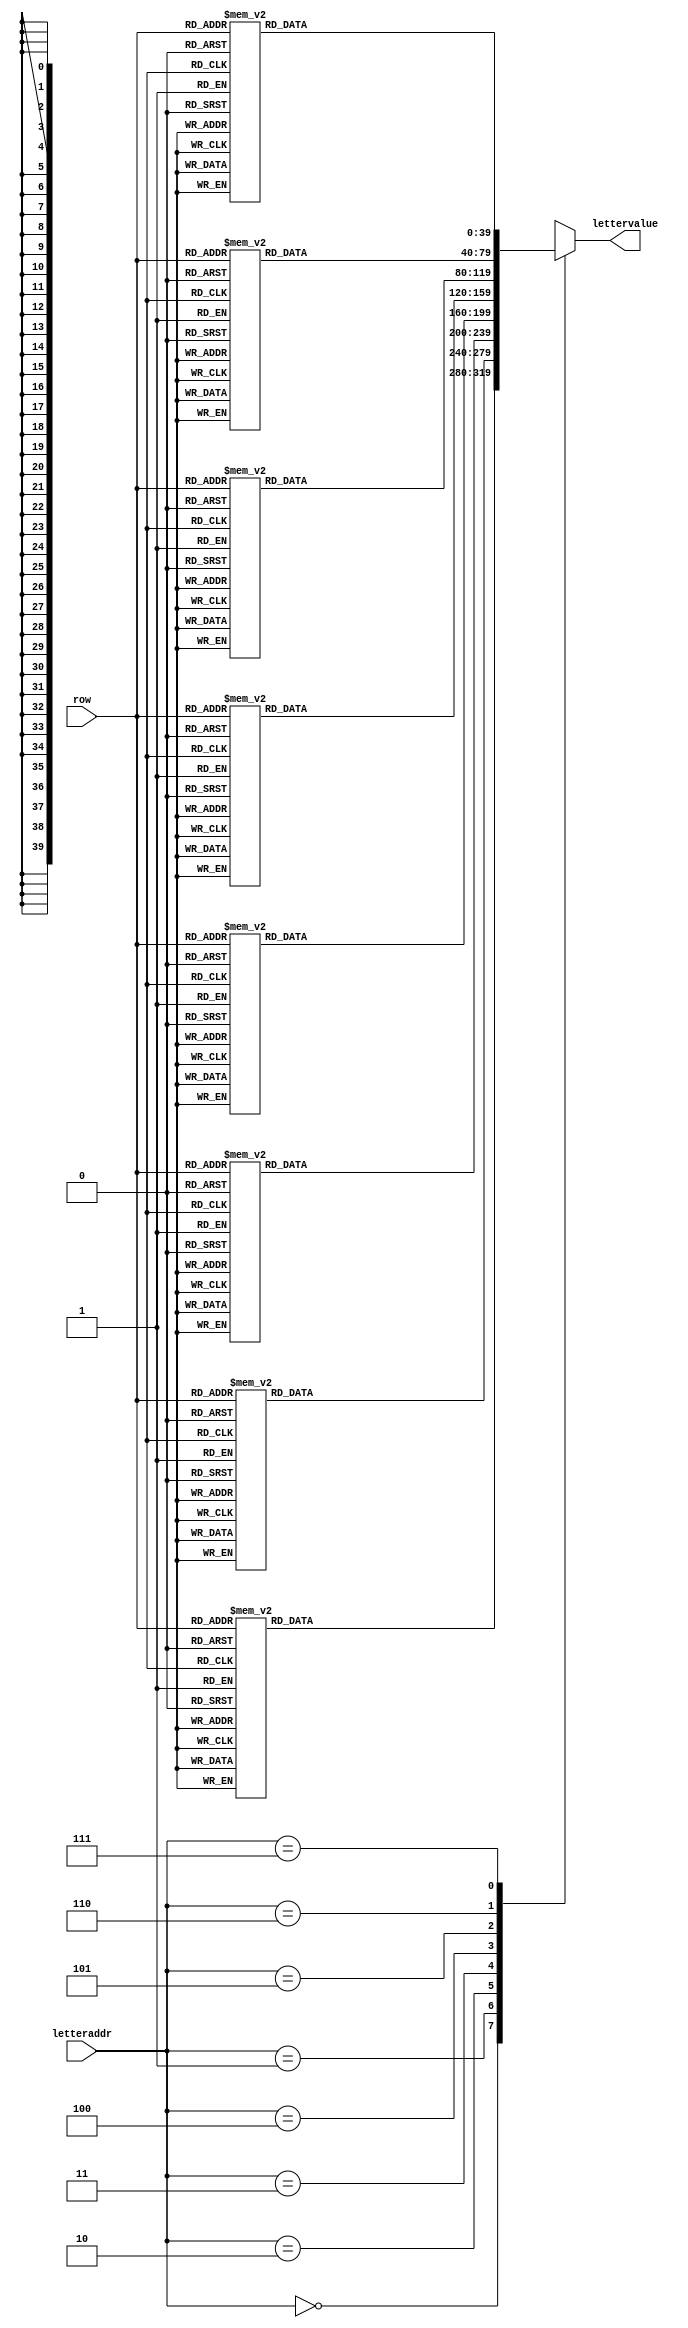
module LETTER_ROM(letteraddr,row,lettervalue);
	input [2:0] letteraddr;
	input [5:0] row;
	
	output reg [0:39] lettervalue;
	
	//all letter glyphs
	always@(*)begin
		case(letteraddr)
		3'd0: case(row) //A
			0: lettervalue =  40'b0000000000000000000000000000000000000000;
			1: lettervalue =  40'b0000000000000000000000000000000000000000;
			2: lettervalue =  40'b0000000000000000000000000000000000000000;
			3: lettervalue =  40'b0000000000000000000000000000000000000000;
			4: lettervalue =  40'b0000000000000000000000000000000000000000;
			5: lettervalue =  40'b0000000000000000000000000000000000000000;
			6: lettervalue =  40'b0000000000000000000000000000000000000000;
			7: lettervalue =  40'b0000000000000000000000000000000000000000;
			8: lettervalue =  40'b0000000000000000001111000000000000000000;
			9: lettervalue =  40'b0000000000000000011111100000000000000000;
			10: lettervalue=  40'b0000000000000000011111100000000000000000;
			11: lettervalue = 40'b0000000000000000111111110000000000000000;
			12: lettervalue = 40'b0000000000000000111111110000000000000000;
			13: lettervalue = 40'b0000000000000001111001111000000000000000;
			14: lettervalue = 40'b0000000000000001111001111000000000000000;
			15: lettervalue = 40'b0000000000000011110000111100000000000000;
			16: lettervalue = 40'b0000000000000011110000111100000000000000;
			17: lettervalue = 40'b0000000000000111110000111110000000000000;
			18: lettervalue = 40'b0000000000000111110000111110000000000000;
			19: lettervalue = 40'b0000000000001111100000011111000000000000;
			20: lettervalue = 40'b0000000000001111100000011111000000000000;
			21: lettervalue = 40'b0000000000011111000000001111100000000000;
			22: lettervalue = 40'b0000000000011111111111111111100000000000;
			23: lettervalue = 40'b0000000000111111111111111111110000000000;
			24: lettervalue = 40'b0000000000111111111111111111110000000000;
			25: lettervalue = 40'b0000000001111100000000000011111000000000;
			26: lettervalue = 40'b0000000001111100000000000011111000000000;
			27: lettervalue = 40'b0000000011111000000000000001111100000000;
			28: lettervalue = 40'b0000000011111000000000000001111100000000;
			29: lettervalue = 40'b0000000111110000000000000000111110000000;
			30: lettervalue = 40'b0000000111110000000000000000111110000000;
			31: lettervalue = 40'b0000000111110000000000000000111110000000;
			32: lettervalue = 40'b0000000000000000000000000000000000000000;
			33: lettervalue = 40'b0000000000000000000000000000000000000000;
			34: lettervalue = 40'b0000000000000000000000000000000000000000;
			35: lettervalue = 40'b0000000000000000000000000000000000000000;
			36: lettervalue = 40'b0000000000000000000000000000000000000000;
			37: lettervalue = 40'b0000000000000000000000000000000000000000;
			38: lettervalue = 40'b0000000000000000000000000000000000000000;
			39: lettervalue = 40'b0000000000000000000000000000000000000000;
			default: lettervalue = 40'd0;
		endcase 
		
		3'd1:case(row) //B
			0: lettervalue=  40'b0000000000000000000000000000000000000000;
			1: lettervalue=  40'b0000000000000000000000000000000000000000;
			2: lettervalue=  40'b0000000000000000000000000000000000000000;
			3: lettervalue=  40'b0000000000000000000000000000000000000000;
			4: lettervalue=  40'b0000000000000000000000000000000000000000;
			5: lettervalue=  40'b0000000000000000000000000000000000000000;
			6: lettervalue=  40'b0000000000000000000000000000000000000000;
			7: lettervalue=  40'b0000000000000000000000000000000000000000;
			8: lettervalue=  40'b0000000000111111111111111110000000000000;
			9: lettervalue=  40'b0000000000111111111111111111000000000000;
			10:lettervalue=  40'b0000000000111111111111111111100000000000;
			11:lettervalue = 40'b0000000000111100000000001111110000000000;
			12:lettervalue = 40'b0000000000111100000000000111111000000000;
			13:lettervalue = 40'b0000000000111100000000000011111000000000;
			14:lettervalue = 40'b0000000000111100000000000011111000000000;
			15:lettervalue = 40'b0000000000111100000000000011111000000000;
			16:lettervalue = 40'b0000000000111100000000000011111000000000;
			17:lettervalue = 40'b0000000000111100000000000111110000000000;
			18:lettervalue = 40'b0000000000111100000000001111100000000000;
			19:lettervalue = 40'b0000000000111111111111111111000000000000;
			20:lettervalue = 40'b0000000000111111111111111111000000000000;
			21:lettervalue = 40'b0000000000111100000000001111100000000000;
			22:lettervalue = 40'b0000000000111100000000000111110000000000;
			23:lettervalue = 40'b0000000000111100000000000011111000000000;
			24:lettervalue = 40'b0000000000111100000000000001111000000000;
			25:lettervalue = 40'b0000000000111100000000000001111000000000;
			26:lettervalue = 40'b0000000000111100000000000001111000000000;
			27:lettervalue = 40'b0000000000111100000000000001111000000000;
			28:lettervalue = 40'b0000000000111100000000000011111000000000;
			29:lettervalue = 40'b0000000000111111111111111111110000000000;
			30:lettervalue = 40'b0000000000111111111111111111100000000000;
			31:lettervalue = 40'b0000000000111111111111111111000000000000;
			32:lettervalue = 40'b0000000000000000000000000000000000000000;
			33:lettervalue = 40'b0000000000000000000000000000000000000000;
			34:lettervalue = 40'b0000000000000000000000000000000000000000;
			35:lettervalue = 40'b0000000000000000000000000000000000000000;
			36:lettervalue = 40'b0000000000000000000000000000000000000000;
			37:lettervalue = 40'b0000000000000000000000000000000000000000;
			38:lettervalue = 40'b0000000000000000000000000000000000000000;
			39:lettervalue = 40'b0000000000000000000000000000000000000000;
			default: lettervalue = 40'd0;
		endcase 
		
		3'd2:case(row) //C
			0: lettervalue =  40'b0000000000000000000000000000000000000000;
			1: lettervalue =  40'b0000000000000000000000000000000000000000;
			2: lettervalue =  40'b0000000000000000000000000000000000000000;
			3: lettervalue =  40'b0000000000000000000000000000000000000000;
			4: lettervalue =  40'b0000000000000000000000000000000000000000;
			5: lettervalue =  40'b0000000000000000000000000000000000000000;
			6: lettervalue =  40'b0000000000000000000000000000000000000000;
			7: lettervalue =  40'b0000000000000000000000000000000000000000;
			8: lettervalue =  40'b0000000000111111111111111111110000000000;
			9: lettervalue =  40'b0000000000111111111111111111110000000000;
			10: lettervalue=  40'b0000000000111111111111111111110000000000;
			11: lettervalue = 40'b0000000000111110000000000011110000000000;
			12: lettervalue = 40'b0000000000111110000000000011110000000000;
			13: lettervalue = 40'b0000000000111110000000000011110000000000;
			14: lettervalue = 40'b0000000000111110000000000011110000000000;
			15: lettervalue = 40'b0000000000111110000000000000000000000000;
			16: lettervalue = 40'b0000000000111110000000000000000000000000;
			17: lettervalue = 40'b0000000000111110000000000000000000000000;
			18: lettervalue = 40'b0000000000111110000000000000000000000000;
			19: lettervalue = 40'b0000000000111110000000000000000000000000;
			20: lettervalue = 40'b0000000000111110000000000000000000000000;
			21: lettervalue = 40'b0000000000111110000000000000000000000000;
			22: lettervalue = 40'b0000000000111110000000000000000000000000;
			23: lettervalue = 40'b0000000000111110000000000000000000000000;
			24: lettervalue = 40'b0000000000111110000000000000000000000000;
			25: lettervalue = 40'b0000000000111110000000000011110000000000;
			26: lettervalue = 40'b0000000000111110000000000011110000000000;
			27: lettervalue = 40'b0000000000111110000000000011110000000000;
			28: lettervalue = 40'b0000000000111110000000000011110000000000;
			29: lettervalue = 40'b0000000000111111111111111111110000000000;
			30: lettervalue = 40'b0000000000111111111111111111110000000000;
			31: lettervalue = 40'b0000000000111111111111111111110000000000;
			32: lettervalue = 40'b0000000000000000000000000000000000000000;
			33: lettervalue = 40'b0000000000000000000000000000000000000000;
			34: lettervalue = 40'b0000000000000000000000000000000000000000;
			35: lettervalue = 40'b0000000000000000000000000000000000000000;
			36: lettervalue = 40'b0000000000000000000000000000000000000000;
			37: lettervalue = 40'b0000000000000000000000000000000000000000;
			38: lettervalue = 40'b0000000000000000000000000000000000000000;
			39: lettervalue = 40'b0000000000000000000000000000000000000000;
			default: lettervalue = 40'd0;
		endcase 
		
		3'd3:case(row) //D
			0: lettervalue =  40'b0000000000000000000000000000000000000000;
			1: lettervalue =  40'b0000000000000000000000000000000000000000;
			2: lettervalue =  40'b0000000000000000000000000000000000000000;
			3: lettervalue =  40'b0000000000000000000000000000000000000000;
			4: lettervalue =  40'b0000000000000000000000000000000000000000;
			5: lettervalue =  40'b0000000000000000000000000000000000000000;
			6: lettervalue =  40'b0000000000000000000000000000000000000000;
			7: lettervalue =  40'b0000000000000000000000000000000000000000;
			8: lettervalue =  40'b0000000000111111111111100000000000000000;
			9: lettervalue =  40'b0000000000111111111111110000000000000000;
			10: lettervalue=  40'b0000000000111111111111111000000000000000;
			11: lettervalue = 40'b0000000000111111111111111100000000000000;
			12: lettervalue = 40'b0000000000111100000000011110000000000000;
			13: lettervalue = 40'b0000000000111100000000001111000000000000;
			14: lettervalue = 40'b0000000000111100000000000111100000000000;
			15: lettervalue = 40'b0000000000111100000000000111100000000000;
			16: lettervalue = 40'b0000000000111100000000000111100000000000;
			17: lettervalue = 40'b0000000000111100000000000111100000000000;
			18: lettervalue = 40'b0000000000111100000000000111100000000000;
			19: lettervalue = 40'b0000000000111100000000000111100000000000;
			20: lettervalue = 40'b0000000000111100000000000111100000000000;
			21: lettervalue = 40'b0000000000111100000000000111100000000000;
			22: lettervalue = 40'b0000000000111100000000000111100000000000;
			23: lettervalue = 40'b0000000000111100000000000111100000000000;
			24: lettervalue = 40'b0000000000111100000000000111100000000000;
			25: lettervalue = 40'b0000000000111100000000000111100000000000;
			26: lettervalue = 40'b0000000000111100000000001111000000000000;
			27: lettervalue = 40'b0000000000111100000000011110000000000000;
			28: lettervalue = 40'b0000000000111111111111111100000000000000;
			29: lettervalue = 40'b0000000000111111111111111000000000000000;
			30: lettervalue = 40'b0000000000111111111111110000000000000000;
			31: lettervalue = 40'b0000000000111111111111100000000000000000;
			32: lettervalue = 40'b0000000000000000000000000000000000000000;
			33: lettervalue = 40'b0000000000000000000000000000000000000000;
			34: lettervalue = 40'b0000000000000000000000000000000000000000;
			35: lettervalue = 40'b0000000000000000000000000000000000000000;
			36: lettervalue = 40'b0000000000000000000000000000000000000000;
			37: lettervalue = 40'b0000000000000000000000000000000000000000;
			38: lettervalue = 40'b0000000000000000000000000000000000000000;
			39: lettervalue = 40'b0000000000000000000000000000000000000000;
			default: lettervalue = 40'd0;
		endcase 
		
		3'd4:case(row) //E
			0: lettervalue =  40'b0000000000000000000000000000000000000000;
			1: lettervalue =  40'b0000000000000000000000000000000000000000;
			2: lettervalue =  40'b0000000000000000000000000000000000000000;
			3: lettervalue =  40'b0000000000000000000000000000000000000000;
			4: lettervalue =  40'b0000000000000000000000000000000000000000;
			5: lettervalue =  40'b0000000000000000000000000000000000000000;
			6: lettervalue =  40'b0000000000000000000000000000000000000000;
			7: lettervalue =  40'b0000000000000000000000000000000000000000;
			8: lettervalue =  40'b0000000000111111111111111111100000000000;
			9: lettervalue =  40'b0000000000111111111111111111100000000000;
			10: lettervalue=  40'b0000000000111111111111111111100000000000;
			11: lettervalue = 40'b0000000000111110000000000000000000000000;
			12: lettervalue = 40'b0000000000111110000000000000000000000000;
			13: lettervalue = 40'b0000000000111110000000000000000000000000;
			14: lettervalue = 40'b0000000000111110000000000000000000000000;
			15: lettervalue = 40'b0000000000111110000000000000000000000000;
			16: lettervalue = 40'b0000000000111110000000000000000000000000;
			17: lettervalue = 40'b0000000000111110000000000000000000000000;
			18: lettervalue = 40'b0000000000111111111111111110000000000000;
			19: lettervalue = 40'b0000000000111111111111111110000000000000;
			20: lettervalue = 40'b0000000000111111111111111110000000000000;
			21: lettervalue = 40'b0000000000111110000000000000000000000000;
			22: lettervalue = 40'b0000000000111110000000000000000000000000;
			23: lettervalue = 40'b0000000000111110000000000000000000000000;
			24: lettervalue = 40'b0000000000111110000000000000000000000000;
			25: lettervalue = 40'b0000000000111110000000000000000000000000;
			26: lettervalue = 40'b0000000000111110000000000000000000000000;
			27: lettervalue = 40'b0000000000111110000000000000000000000000;
			28: lettervalue = 40'b0000000000111110000000000000000000000000;
			29: lettervalue = 40'b0000000000111111111111111111100000000000;
			30: lettervalue = 40'b0000000000111111111111111111100000000000;
			31: lettervalue = 40'b0000000000111111111111111111100000000000;
			32: lettervalue = 40'b0000000000000000000000000000000000000000;
			33: lettervalue = 40'b0000000000000000000000000000000000000000;
			34: lettervalue = 40'b0000000000000000000000000000000000000000;
			35: lettervalue = 40'b0000000000000000000000000000000000000000;
			36: lettervalue = 40'b0000000000000000000000000000000000000000;
			37: lettervalue = 40'b0000000000000000000000000000000000000000;
			38: lettervalue = 40'b0000000000000000000000000000000000000000;
			39: lettervalue = 40'b0000000000000000000000000000000000000000;
			default: lettervalue = 40'd0;
		endcase 
		
		3'd5:case(row) //F
			0: lettervalue =  40'b0000000000000000000000000000000000000000;
			1: lettervalue =  40'b0000000000000000000000000000000000000000;
			2: lettervalue =  40'b0000000000000000000000000000000000000000;
			3: lettervalue =  40'b0000000000000000000000000000000000000000;
			4: lettervalue =  40'b0000000000000000000000000000000000000000;
			5: lettervalue =  40'b0000000000000000000000000000000000000000;
			6: lettervalue =  40'b0000000000000000000000000000000000000000;
			7: lettervalue =  40'b0000000000000000000000000000000000000000;
			8: lettervalue =  40'b0000000000011111111111111110000000000000;
			9: lettervalue =  40'b0000000000011111111111111110000000000000;
			10: lettervalue=  40'b0000000000011111111111111110000000000000;
			11: lettervalue = 40'b0000000000011111000000000000000000000000;
			12: lettervalue = 40'b0000000000011111000000000000000000000000;
			13: lettervalue = 40'b0000000000011111000000000000000000000000;
			14: lettervalue = 40'b0000000000011111000000000000000000000000;
			15: lettervalue = 40'b0000000000011111000000000000000000000000;
			16: lettervalue = 40'b0000000000011111000000000000000000000000;
			17: lettervalue = 40'b0000000000011111111111111000000000000000;
			18: lettervalue = 40'b0000000000011111111111111000000000000000;
			19: lettervalue = 40'b0000000000011111111111111000000000000000;
			20: lettervalue = 40'b0000000000011111000000000000000000000000;
			21: lettervalue = 40'b0000000000011111000000000000000000000000;
			22: lettervalue = 40'b0000000000011111000000000000000000000000;
			23: lettervalue = 40'b0000000000011111000000000000000000000000;
			24: lettervalue = 40'b0000000000011111000000000000000000000000;
			25: lettervalue = 40'b0000000000011111000000000000000000000000;
			26: lettervalue = 40'b0000000000011111000000000000000000000000;
			27: lettervalue = 40'b0000000000011111000000000000000000000000;
			28: lettervalue = 40'b0000000000011111000000000000000000000000;
			29: lettervalue = 40'b0000000000011111000000000000000000000000;
			30: lettervalue = 40'b0000000000011111000000000000000000000000;
			31: lettervalue = 40'b0000000000011111000000000000000000000000;
			32: lettervalue = 40'b0000000000000000000000000000000000000000;
			33: lettervalue = 40'b0000000000000000000000000000000000000000;
			34: lettervalue = 40'b0000000000000000000000000000000000000000;
			35: lettervalue = 40'b0000000000000000000000000000000000000000;
			36: lettervalue = 40'b0000000000000000000000000000000000000000;
			37: lettervalue = 40'b0000000000000000000000000000000000000000;
			38: lettervalue = 40'b0000000000000000000000000000000000000000;
			39: lettervalue = 40'b0000000000000000000000000000000000000000;
			default: lettervalue = 40'd0;
		endcase 
		
		3'd6:case(row) //G
			0: lettervalue =  40'b0000000000000000000000000000000000000000;
			1: lettervalue =  40'b0000000000000000000000000000000000000000;
			2: lettervalue =  40'b0000000000000000000000000000000000000000;
			3: lettervalue =  40'b0000000000000000000000000000000000000000;
			4: lettervalue =  40'b0000000000000000000000000000000000000000;
			5: lettervalue =  40'b0000000000000000000000000000000000000000;
			6: lettervalue =  40'b0000000000000000000000000000000000000000;
			7: lettervalue =  40'b0000000000000000000000000000000000000000;
			8: lettervalue =  40'b0000000000111111111111111111110000000000;
			9: lettervalue =  40'b0000000000111111111111111111110000000000;
			10: lettervalue=  40'b0000000000111111111111111111110000000000;
			11: lettervalue = 40'b0000000000111110000000000011110000000000;
			12: lettervalue = 40'b0000000000111110000000000011110000000000;
			13: lettervalue = 40'b0000000000111110000000000011110000000000;
			14: lettervalue = 40'b0000000000111110000000000011110000000000;
			15: lettervalue = 40'b0000000000111110000000000000000000000000;
			16: lettervalue = 40'b0000000000111110000000000000000000000000;
			17: lettervalue = 40'b0000000000111110000000000000000000000000;
			18: lettervalue = 40'b0000000000111110000000000000000000000000;
			19: lettervalue = 40'b0000000000111110000011111111110000000000;
			20: lettervalue = 40'b0000000000111110000011111111110000000000;
			21: lettervalue = 40'b0000000000111110000011111111110000000000;
			22: lettervalue = 40'b0000000000111110000000000011110000000000;
			23: lettervalue = 40'b0000000000111110000000000011110000000000;
			24: lettervalue = 40'b0000000000111110000000000011110000000000;
			25: lettervalue = 40'b0000000000111110000000000011110000000000;
			26: lettervalue = 40'b0000000000111110000000000011110000000000;
			27: lettervalue = 40'b0000000000111110000000000011110000000000;
			28: lettervalue = 40'b0000000000111110000000000011110000000000;
			29: lettervalue = 40'b0000000000111111111111111111110000000000;
			30: lettervalue = 40'b0000000000111111111111111111110000000000;
			31: lettervalue = 40'b0000000000111111111111111111110000000000;
			32: lettervalue = 40'b0000000000000000000000000000000000000000;
			33: lettervalue = 40'b0000000000000000000000000000000000000000;
			34: lettervalue = 40'b0000000000000000000000000000000000000000;
			35: lettervalue = 40'b0000000000000000000000000000000000000000;
			36: lettervalue = 40'b0000000000000000000000000000000000000000;
			37: lettervalue = 40'b0000000000000000000000000000000000000000;
			38: lettervalue = 40'b0000000000000000000000000000000000000000;
			39: lettervalue = 40'b0000000000000000000000000000000000000000;
			default: lettervalue = 40'd0;
		endcase 
		
		3'd7:case(row) //H
			0: lettervalue =  40'b0000000000000000000000000000000000000000;
			1: lettervalue =  40'b0000000000000000000000000000000000000000;
			2: lettervalue =  40'b0000000000000000000000000000000000000000;
			3: lettervalue =  40'b0000000000000000000000000000000000000000;
			4: lettervalue =  40'b0000000000000000000000000000000000000000;
			5: lettervalue =  40'b0000000000000000000000000000000000000000;
			6: lettervalue =  40'b0000000000000000000000000000000000000000;
			7: lettervalue =  40'b0000000000000000000000000000000000000000;
			8: lettervalue =  40'b0000000000011111000000001111100000000000;
			9: lettervalue =  40'b0000000000011111000000001111100000000000;
			10: lettervalue=  40'b0000000000011111000000001111100000000000;
			11: lettervalue = 40'b0000000000011111000000001111100000000000;
			12: lettervalue = 40'b0000000000011111000000001111100000000000;
			13: lettervalue = 40'b0000000000011111000000001111100000000000;
			14: lettervalue = 40'b0000000000011111000000001111100000000000;
			15: lettervalue = 40'b0000000000011111000000001111100000000000;
			16: lettervalue = 40'b0000000000011111000000001111100000000000;
			17: lettervalue = 40'b0000000000011111111111111111100000000000;
			18: lettervalue = 40'b0000000000011111111111111111100000000000;
			19: lettervalue = 40'b0000000000011111111111111111100000000000;
			20: lettervalue = 40'b0000000000011111111111111111100000000000;
			21: lettervalue = 40'b0000000000011111000000001111100000000000;
			22: lettervalue = 40'b0000000000011111000000001111100000000000;
			23: lettervalue = 40'b0000000000011111000000001111100000000000;
			24: lettervalue = 40'b0000000000011111000000001111100000000000;
			25: lettervalue = 40'b0000000000011111000000001111100000000000;
			26: lettervalue = 40'b0000000000011111000000001111100000000000;
			27: lettervalue = 40'b0000000000011111000000001111100000000000;
			28: lettervalue = 40'b0000000000011111000000001111100000000000;
			29: lettervalue = 40'b0000000000011111000000001111100000000000;
			30: lettervalue = 40'b0000000000011111000000001111100000000000;
			31: lettervalue = 40'b0000000000011111000000001111100000000000;
			32: lettervalue = 40'b0000000000000000000000000000000000000000;
			33: lettervalue = 40'b0000000000000000000000000000000000000000;
			34: lettervalue = 40'b0000000000000000000000000000000000000000;
			35: lettervalue = 40'b0000000000000000000000000000000000000000;
			36: lettervalue = 40'b0000000000000000000000000000000000000000;
			37: lettervalue = 40'b0000000000000000000000000000000000000000;
			38: lettervalue = 40'b0000000000000000000000000000000000000000;
			39: lettervalue = 40'b0000000000000000000000000000000000000000;
			default: lettervalue = 40'd0;
		endcase 
		
		
		default: lettervalue = 40'd0;
		
		endcase
	end

endmodule